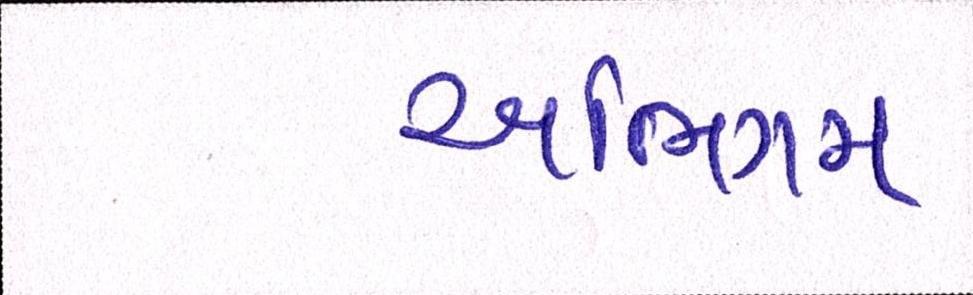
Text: અભિગમ